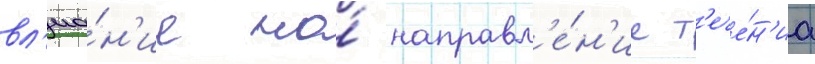
вл'иа́н'ие на́ направл'е́н'ие т'ече́н'иа